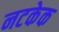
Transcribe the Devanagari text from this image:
नटकेक